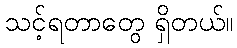
သင့်ရတာတွေ ရှိတယ်။